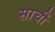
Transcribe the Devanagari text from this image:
साचीं